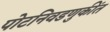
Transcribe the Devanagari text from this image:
पोटनिवडणुकींत